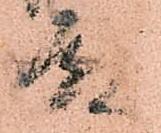
殿